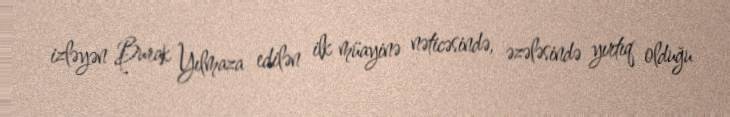
izləyən Burak Yılmaza edilən ilk müayinə nəticəsində, əzələsində yırtıq olduğu